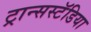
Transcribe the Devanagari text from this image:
ट्रान्सस्टॅडिया